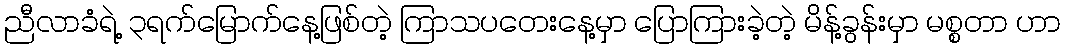
ညီလာခံရဲ့ ၃ရက်မြောက်နေ့ဖြစ်တဲ့ ကြာသပတေးနေ့မှာ ပြောကြားခဲ့တဲ့ မိန့်ခွန်းမှာ မစ္စတာ ဟာ